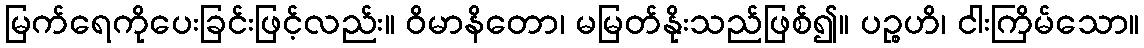
မြက်ရေကိုပေးခြင်းဖြင့်လည်း။ ဝိမာနိတော၊ မမြတ်နိုးသည်ဖြစ်၍။ ပဉ္စဟိ၊ ငါးကြိမ်သော။